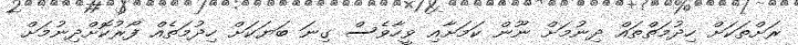
ރަށްތަކަށް ހިދުމަތްތައް ދިނުމަށް ނޫން ކަމަށާއި ވީހާވެސް ގިނަ ބަޔަކަށް ހިދުމަތެއް ފޯރުކޮށްދިނުމަށް